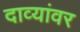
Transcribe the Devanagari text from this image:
दाव्यांवर